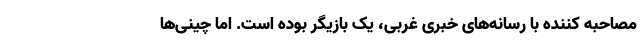
مصاحبه کننده با رسانه‌های خبری غربی، یک بازیگر بوده است. اما چینی‌ها